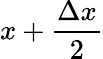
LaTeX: x+\frac{\Delta x}{2}